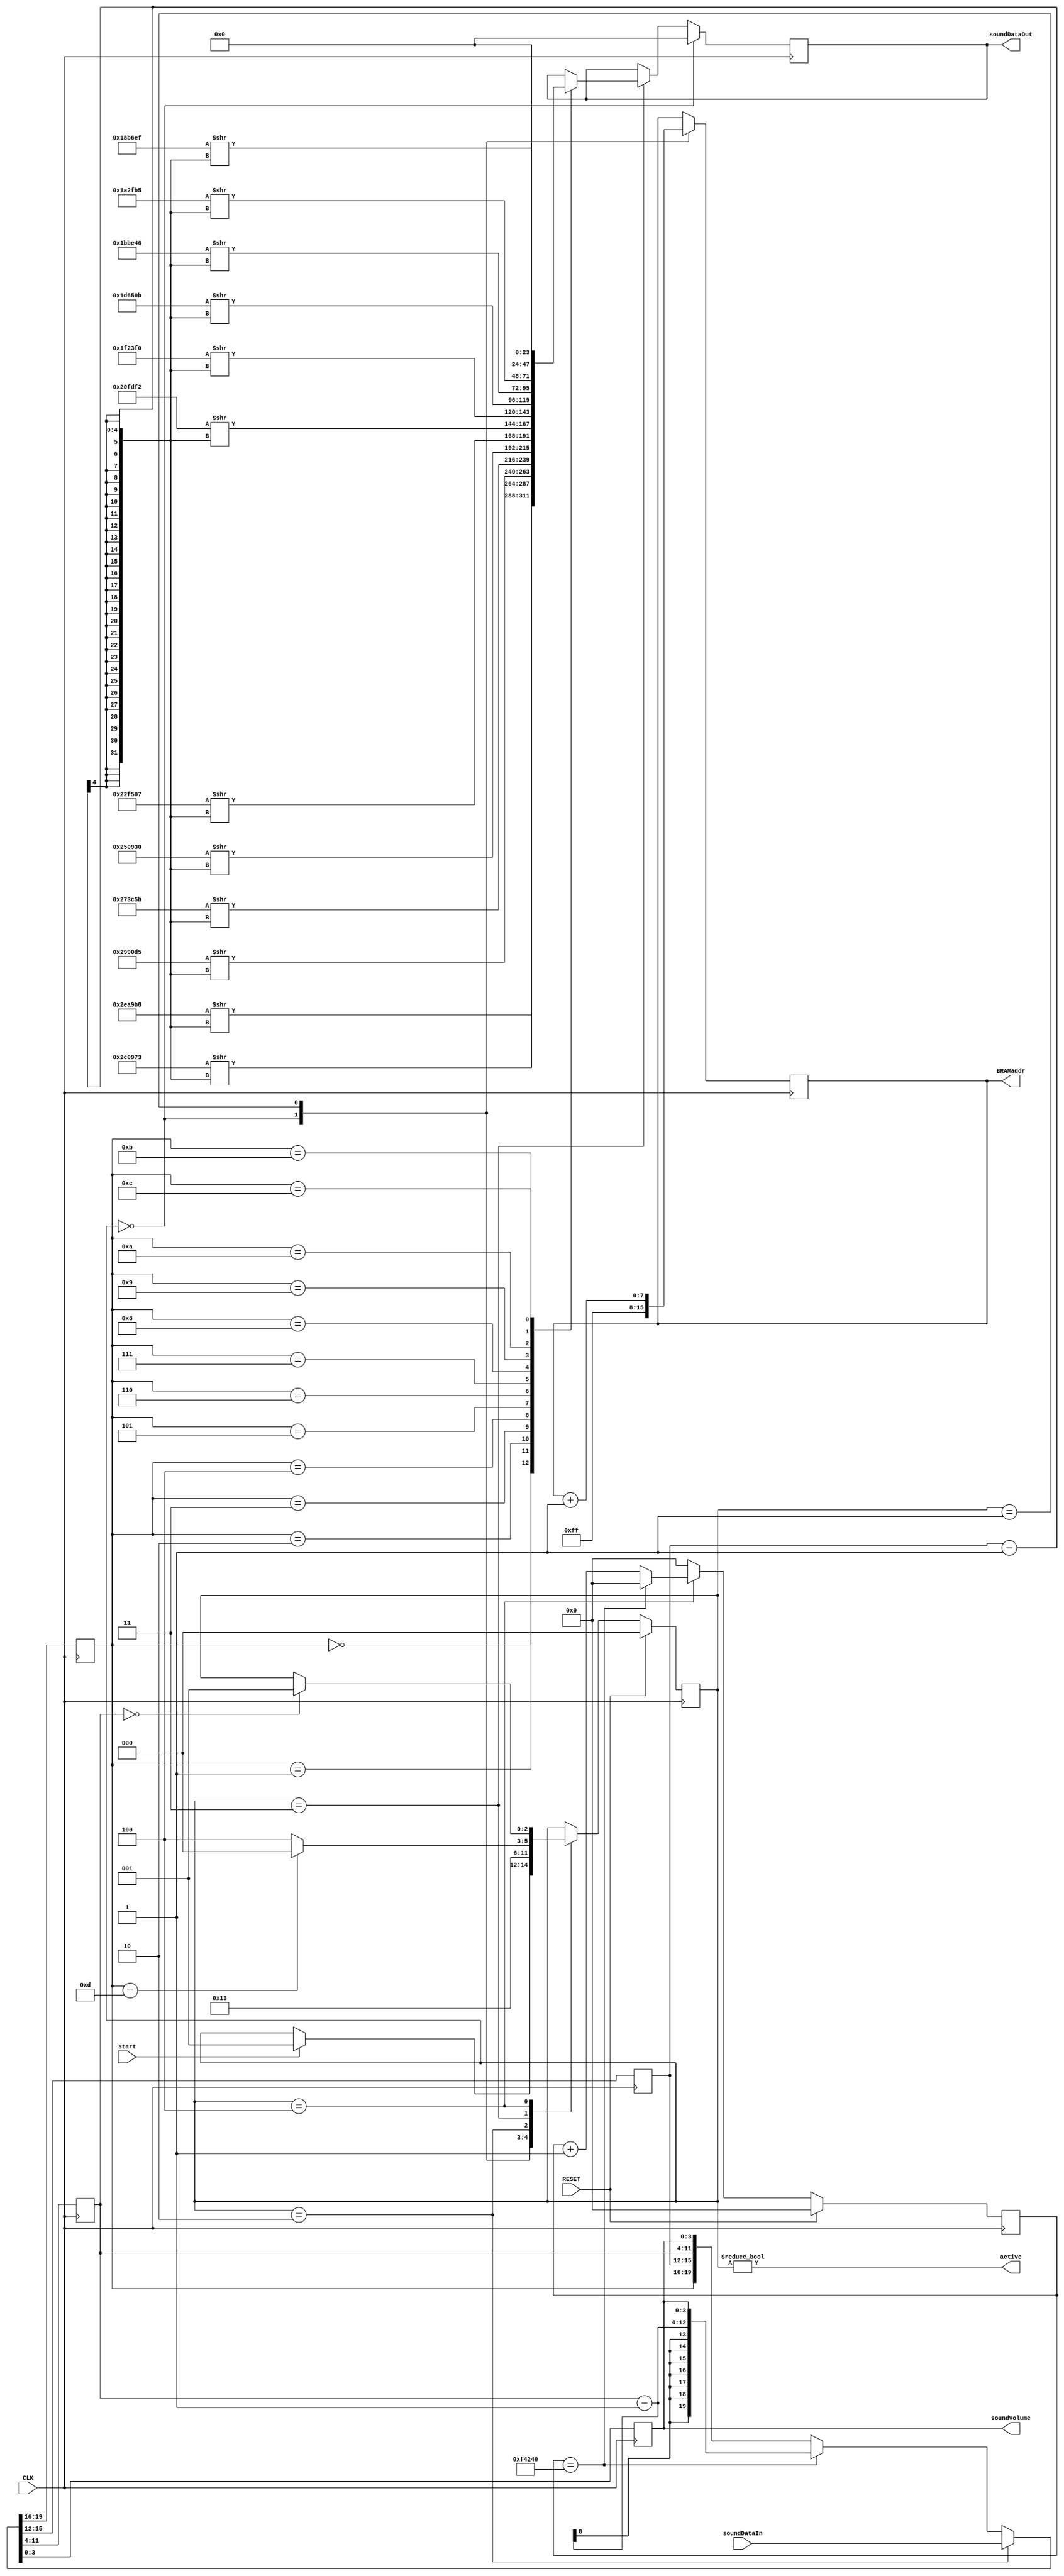
module coin(
    input CLK,
    input RESET,
    input start,
    input [19:0] soundDataIn,
    output [7:0] BRAMaddr,
    output [23:0] soundDataOut,
    output [3:0] soundVolume,
    output active
    );

  reg [2:0] state;
  reg [3:0] note;
  reg [3:0] octave;
  reg [7:0] lengthOfPeriod;
  reg [3:0] volume;
  reg [15:0] outTime;
  
  reg [31:0] msecCount;

  parameter [2:0]
    INIT = 3'd0,
    SETADDR = 3'd1,
    LOADDATA = 3'd2,
    CHECKEND = 3'd3,
    OUTPUT = 3'd4;

  assign active = (state != INIT); 
  
  always@(posedge CLK) begin
    if(RESET)
      state <= 0;
    else
      case(state)
        INIT: begin
          if(start) state <= SETADDR;
          else    state <= state;
        end
        SETADDR: state <= LOADDATA;
	    LOADDATA: state <= CHECKEND;
	    CHECKEND: begin
	      if(note == 4'd13)
	        state <= INIT;
	      else
	        state <= OUTPUT;
	    end
        OUTPUT: begin
          if(lengthOfPeriod == 0)
	        state <= SETADDR;
	      else
	        state <= state;
	    end
      endcase
  end
  
  reg [7:0] addr;

  always@(posedge CLK) begin
    case(state)
      INIT: addr <= 8'hFF;
      SETADDR: addr <= addr + 1;
      default: addr <= addr;
    endcase
  end

  always@(posedge CLK) begin
    if(RESET)
      msecCount <= 0;
    else  if(state == OUTPUT) begin
      if(msecCount == 32'd1000000)
        msecCount <= 0;
	  else
	    msecCount <= msecCount + 1;
    end
    else
      msecCount <= 0;
  end

  assign BRAMaddr = addr;

  always@(posedge CLK) begin
    if(state == LOADDATA)
      {note, octave, lengthOfPeriod, volume} <= soundDataIn;
    else begin
      if(msecCount == 32'd1000000)
        {note, octave, lengthOfPeriod, volume} <= {note, octave, lengthOfPeriod - 1, volume};
      else 
        {note, octave, lengthOfPeriod, volume} <= {note, octave, lengthOfPeriod, volume};
    end
  end

  reg [23:0] outData;

  always@(posedge CLK) begin
    if(state == INIT)
      begin
        outData <= 0;
      end
    else if(state == CHECKEND)
      case(note)
        4'h0: outData <= 24'd3058104 >> (octave - 1);
        4'h1: outData <= 24'd2886003 >> (octave - 1);
        4'h2: outData <= 24'd2724053 >> (octave - 1);
        4'h3: outData <= 24'd2571355 >> (octave - 1);
        4'h4: outData <= 24'd2427184 >> (octave - 1);
        4'h5: outData <= 24'd2290951 >> (octave - 1);
        4'h6: outData <= 24'd2162162 >> (octave - 1);
        4'h7: outData <= 24'd2040816 >> (octave - 1);
        4'h8: outData <= 24'd1926411 >> (octave - 1);
        4'h9: outData <= 24'd1818182 >> (octave - 1);
        4'hA: outData <= 24'd1716149 >> (octave - 1);
        4'hB: outData <= 24'd1619695 >> (octave - 1);
        4'hC: outData <= 24'd0;
      endcase
    else
      outData <= outData;
  end

  assign soundDataOut = outData;
  assign soundVolume = volume;

endmodule